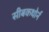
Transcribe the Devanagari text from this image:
सीबकथोर्न